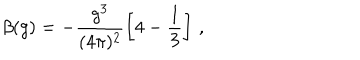
\beta ( g ) = - \frac { g ^ { 3 } } { ( 4 \pi ) ^ { 2 } } \left[ 4 - \frac 1 3 \right] \, ,